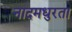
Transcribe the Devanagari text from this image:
नादमधुरता